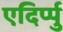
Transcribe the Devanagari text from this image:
एदिर्प्पु